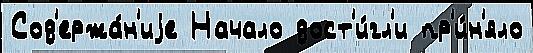
Сод'ержа́н'иjе Начало дост'и́гл'и пр'и́н'яло